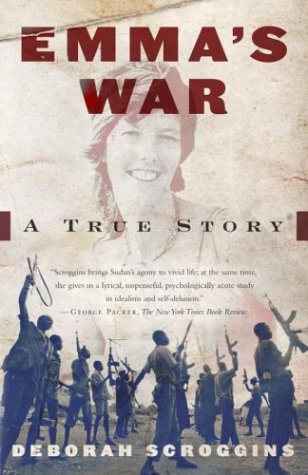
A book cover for Emma's War; Deborah Scroggins; Biographies & Memoirs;